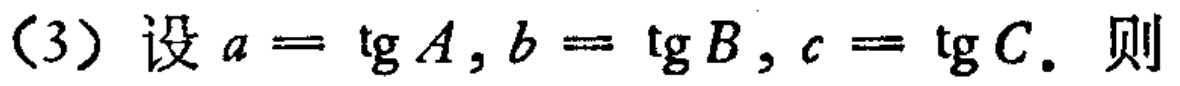
(3) 设 \(a = \tg A,b = \tg B,c = \tg C.\) 则